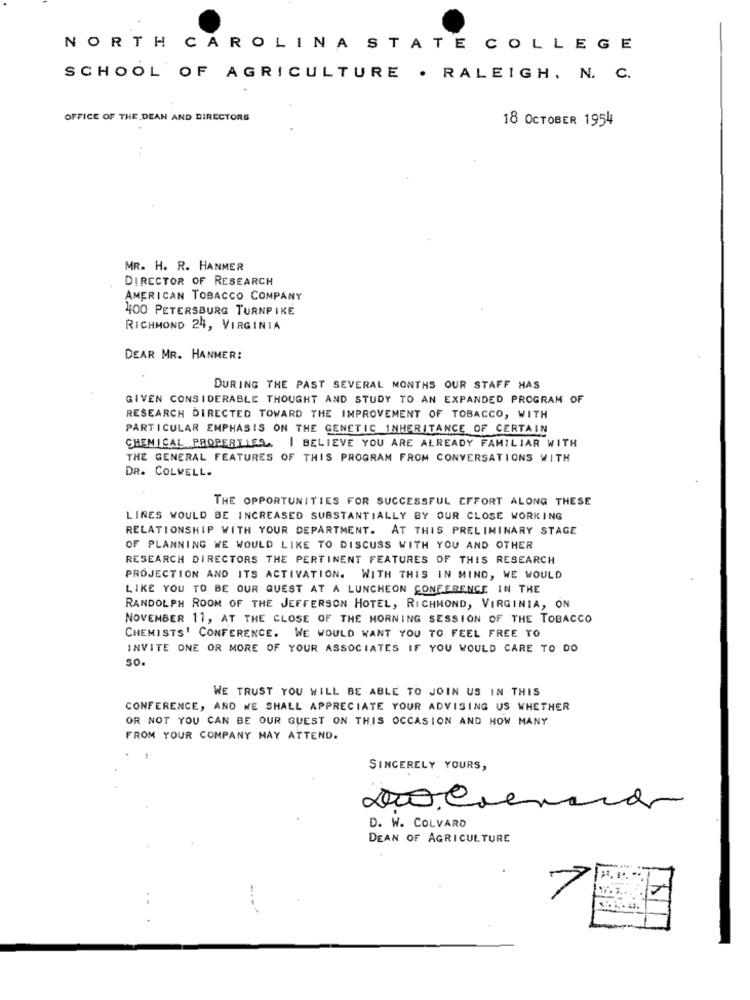
NO
RT H
CAROLINA
STATE
COLLEGE
SCHOOL OF AGRICULTURE . RALEIGH, N. C.
OFFICE OF THE DEAN AND DIRECTORS
18 OCTOBER 1954
MR. H. R. HANMER
DIRECTOR OF RESEARCH
AMERICAN TOBACCO COMPANY
400 PETERSBURG TURNPIKE
RICHMOND 24, VIRGINIA
DEAR MR. HANMER:
DURING THE PAST SEVERAL MONTHS OUR STAFF HAS
GIVEN CONSIDERABLE THOUGHT AND STUDY TO AN EXPANDED PROGRAM OF
RESEARCH DIRECTED TOWARD THE IMPROVEMENT OF TOBACCO, WITH
PARTICULAR EMPHASIS ON THE GENETIC INHERITANCE OF CERTAIN
CHEMICAL PROPERTIES. I BELIEVE YOU ARE ALREADY FAMILIAR WITH
THE GENERAL FEATURES OF THIS PROGRAM FROM CONVERSATIONS WITH
DR. COLWELL.
THE OPPORTUNITIES FOR SUCCESSFUL EFFORT ALONG THESE
LINES WOULD BE INCREASED SUBSTANTIALLY BY OUR CLOSE WORKING
RELATIONSHIP WITH YOUR DEPARTMENT. AT THIS PRELIMINARY STAGE
OF PLANNING WE WOULD LIKE TO DISCUSS WITH YOU AND OTHER
RESEARCH DIRECTORS THE PERTINENT FEATURES OF THIS RESEARCH
PROJECTION AND ITS ACTIVATION. WITH THIS IN MIND, WE WOULD
LIKE YOU TO BE OUR GUEST AT A LUNCHEON CONFERENCE IN THE
RANDOLPH ROOM OF THE JEFFERSON HOTEL, RICHMOND, VIRGINIA, ON
NOVEMBER 11, AT THE CLOSE OF THE MORNING SESSION OF THE TOBACCO
CHEMISTS' CONFERENCE. WE WOULD WANT YOU TO FEEL FREE TO
INVITE ONE OR MORE OF YOUR ASSOCIATES IF YOU WOULD CARE TO DO
so.
WE TRUST YOU WILL BE ABLE TO JOIN US IN THIS
CONFERENCE, AND WE SHALL APPRECIATE YOUR ADVISING US WHETHER
OR NOT YOU CAN BE OUR GUEST ON THIS OCCASION AND HOW MANY
FROM YOUR COMPANY MAY ATTEND.
SINCERELY YOURS,
Do.come
D. W. COLVARD
DEAN OF AGRICULTURE